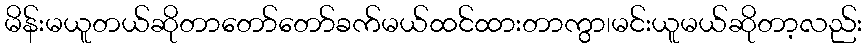
မိန်းမယူတယ်ဆိုတာတော်တော်ခက်မယ်ထင်ထားတာကွာ၊မင်းယူမယ်ဆိုတာ့လည်း